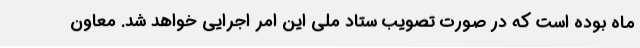
ماه بوده است که در صورت تصویب ستاد ملی این امر اجرایی خواهد شد. معاون